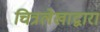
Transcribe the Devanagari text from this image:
चित्रलेखाद्वारा